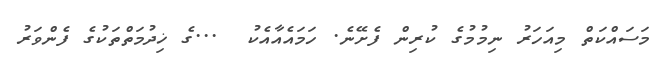
މަސައްކަތް މިއަހަރު ނިމުމުގެ ކުރިން ފެށޭނެ. ހަމައެއާއެކު  ...ގެ ޚިދުމަތްތަކުގެ ފެންވަރު